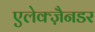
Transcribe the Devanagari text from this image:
एलेक्ज़ैनडर